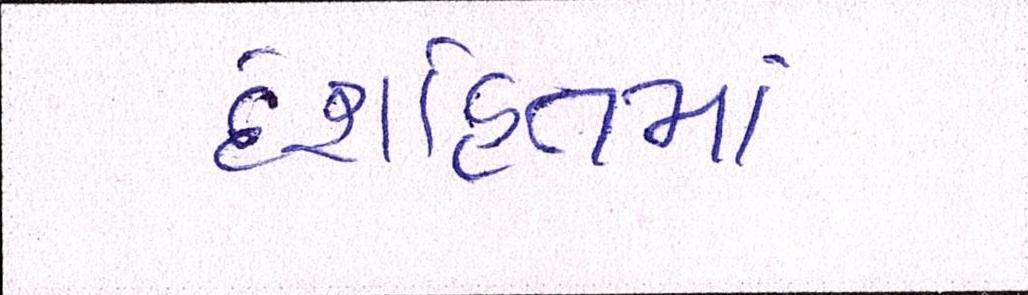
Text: દેશહિતમાં